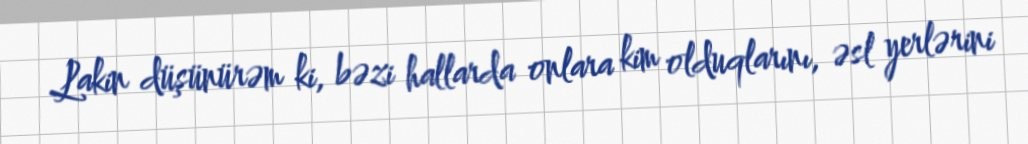
Lakin düşünürəm ki, bəzi hallarda onlara kim olduqlarını, əsl yerlərini